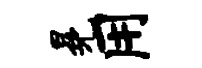
冕用